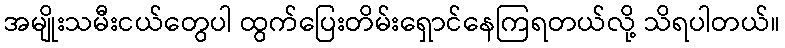
အမျိုးသမီးငယ်တွေပါ ထွက်ပြေးတိမ်းရှောင်နေကြရတယ်လို့ သိရပါတယ်။